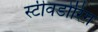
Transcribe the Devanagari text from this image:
स्टीवडोरिंग